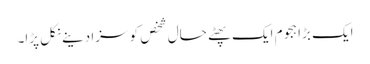
ایک بڑا ہجوم ایک پھٹے حال شخص کو سزا دینے نکل پڑا۔